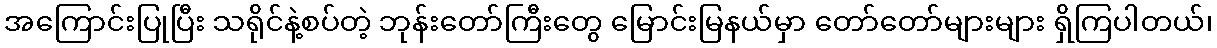
အကြောင်းပြုပြီး သရိုင်နဲ့စပ်တဲ့ ဘုန်းတော်ကြီးတွေ မြောင်းမြနယ်မှာ တော်တော်များများ ရှိကြပါတယ်၊